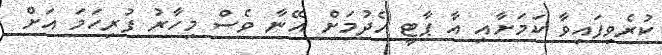
ކުރެވިފައިވާ ކަމަށާއި އާ ޕާޓީ ހެދުމަށް އޭނާ ވެސް މިހާރު ފުރިހަމަ އަށް